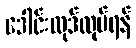
ဒေါင်းလုဒ်လုပ်ရန်